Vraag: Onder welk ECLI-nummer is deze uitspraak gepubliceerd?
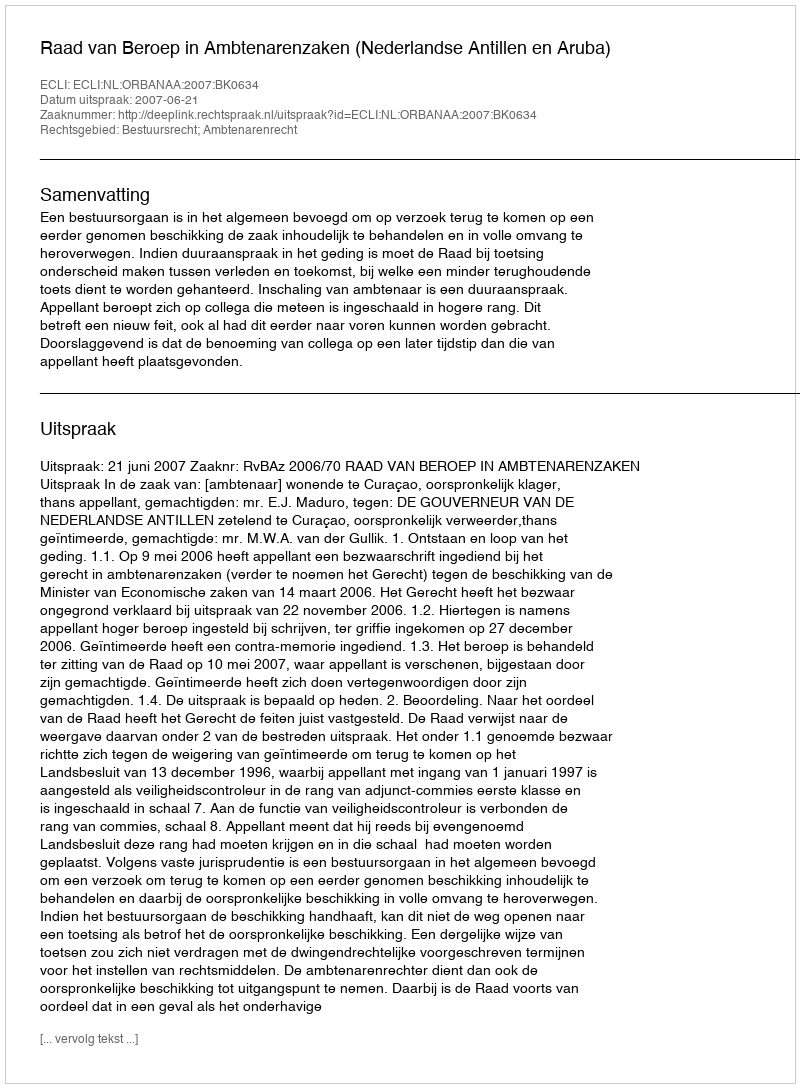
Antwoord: ECLI:NL:ORBANAA:2007:BK0634